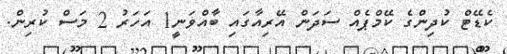
ކެޑޭޓް ކުދިންގެ ކޭމްޕެއް ސަދަން އޭރިއާގައި ބާއްވަނީ1 އަހަރު 2 މަސް ކުރިން.